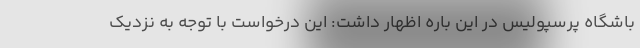
باشگاه پرسپولیس در این باره اظهار داشت: این درخواست با توجه به نزدیک